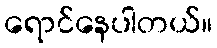
ရောင်နေပါတယ်။